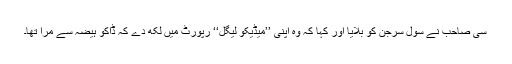
سی صاحب نے سول سرجن کو بلایا اور کہا کہ وہ اپنی ’’میڈیکو لیگل‘‘ رپورٹ میں لکھ دے کہ ڈاکو ہیضہ سے مرا تھا۔